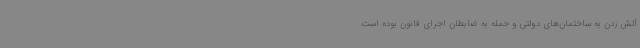
آتش زدن به ساختمان‌های دولتی و حمله به ضابطان اجرای قانون بوده است.